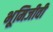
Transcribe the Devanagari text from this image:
भूमिजीवी